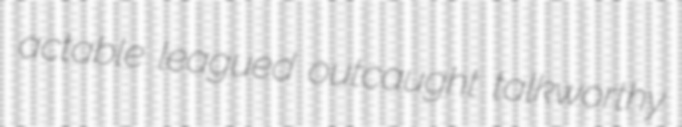
actable leagued outcaught talkworthy